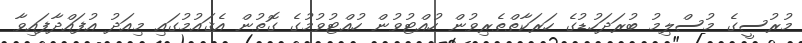
މުރުސީގެ މުސްލިމު ބުރަދަހުޑުގެ ހަރަކާތްތެރިވުން ހުއްޓުވުން ހުއްޓުވުމުގެ ގޮތުން އެޤައުމުގައި މިއަދު އުފައްދާފައިވާ